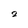
Character: 2